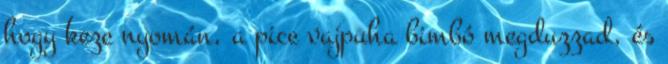
hogy keze nyomán, a pice vajpuha bimbó megduzzad, és